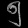
Digit: ၅